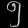
Digit: ၅